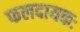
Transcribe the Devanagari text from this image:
फलदायकः